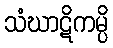
သံဃာဋိကမ္ပိ